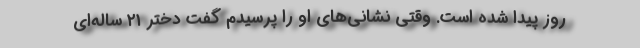
روز پیدا شده است. وقتی نشانی‌های او را پرسیدم گفت دختر ۲۱ ساله‌ای